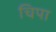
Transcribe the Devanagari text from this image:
चिपा